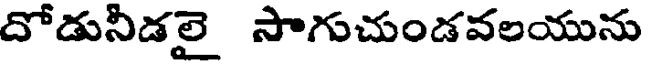
దోడునీడలై సాగుచుండవలయును